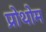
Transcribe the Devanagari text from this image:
प्रोथोम